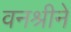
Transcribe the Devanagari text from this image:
वनश्रीने